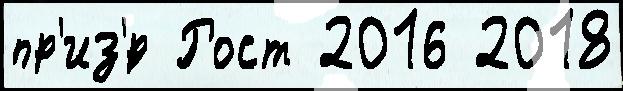
пр'из'́р Рост 2016 2018